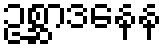
ဥစ္ဆာဒနေန